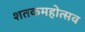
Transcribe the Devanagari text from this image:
शतकमहोत्सव